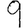
Digit: 9